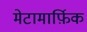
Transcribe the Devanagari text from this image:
मेटामार्फ़िक